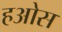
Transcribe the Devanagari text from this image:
हओस